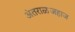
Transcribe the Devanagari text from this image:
अंतराळजहाज